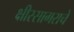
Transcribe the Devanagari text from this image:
क्षीरसागराचे